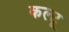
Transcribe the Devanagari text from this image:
कल्टू